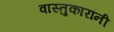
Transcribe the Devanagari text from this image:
वास्तुकारांनी